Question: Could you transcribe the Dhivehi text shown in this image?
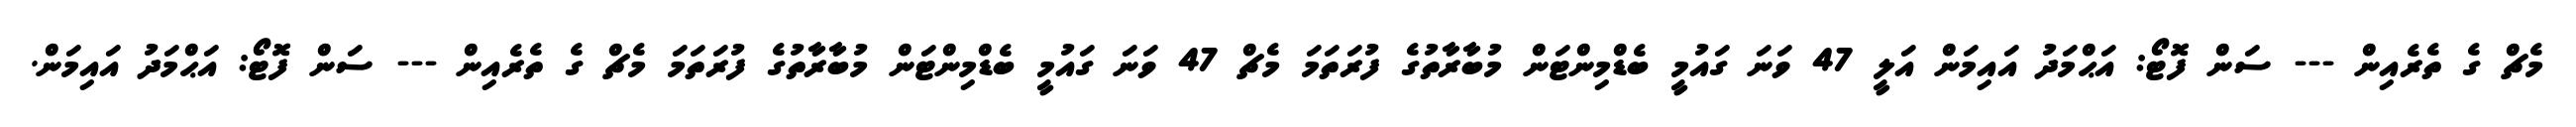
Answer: މެޗް ގެ ތެރެއިން --- ސަން ފޮޓޯ: އަޙްމަދު އައިމަން އަލީ 47 ވަނަ ގައުމީ ބެޑްމިންޓަން މުބާރާތުގެ ފުރަތަމަ މެޗް 47 ވަނަ ގައުމީ ބެޑްމިންޓަން މުބާރާތުގެ ފުރަތަމަ މެޗް ގެ ތެރެއިން --- ސަން ފޮޓޯ: އަޙްމަދު އައިމަން.